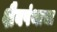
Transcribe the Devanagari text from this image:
शैवपंथाचा